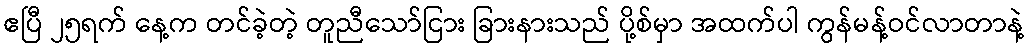
ဧပြီ ၂၅ရက် နေ့က တင်ခဲ့တဲ့ တူညီသော်ငြား ခြားနားသည် ပို့စ်မှာ အထက်ပါ ကွန်မန့်ဝင်လာတာနဲ့